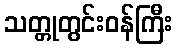
သတ္တုတွင်းဝန်ကြီး